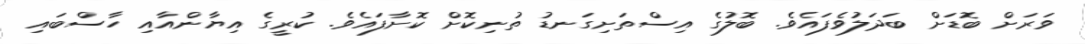
ވަރަށް ބޮޑަށް ބަދަލުވެފައެވެ. ބޮލުގެ އިސްތަށިގަނޑު ތުނިކޮށް ކޮށާފައެވެ. ކުރީގެ އިޔާންއާއި ހާސްބައި